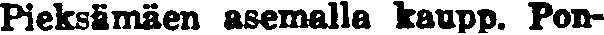
Pieksämäen asemalla kaupp. Pon-